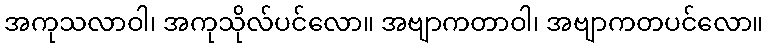
အကုသလာဝါ၊ အကုသိုလ်ပင်လော။ အဗျာကတာဝါ၊ အဗျာကတပင်လော။